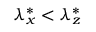
{ \lambda } _ { x } ^ { * } < { \lambda } _ { z } ^ { * }